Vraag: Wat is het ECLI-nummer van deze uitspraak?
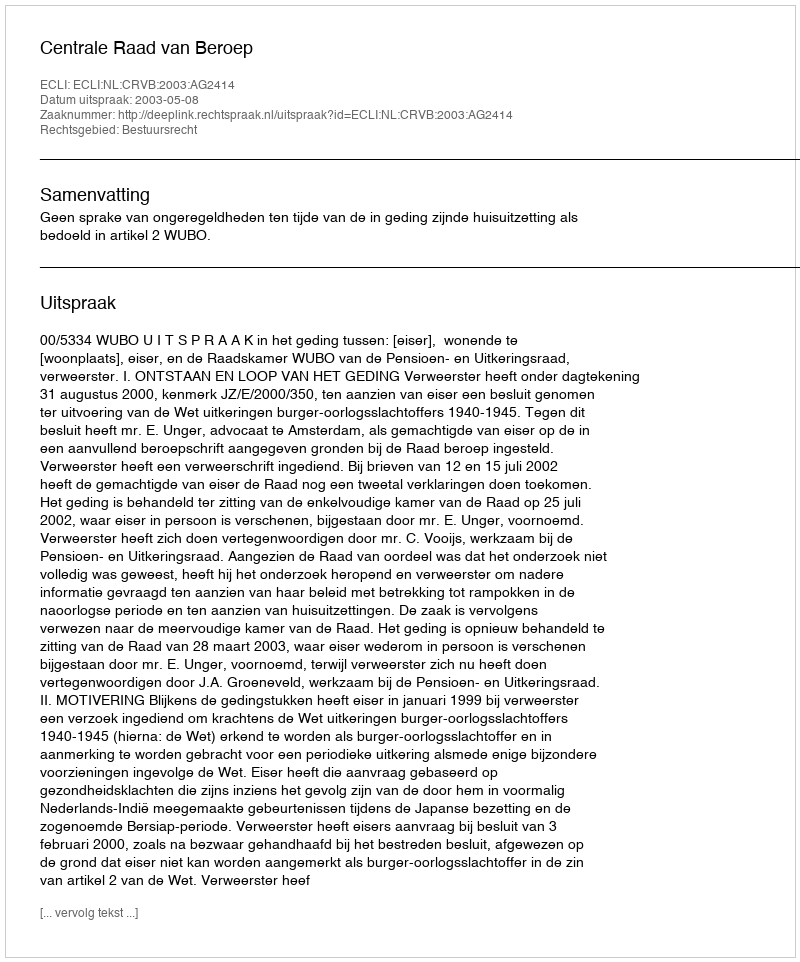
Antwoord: ECLI:NL:CRVB:2003:AG2414